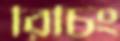
রিচিং